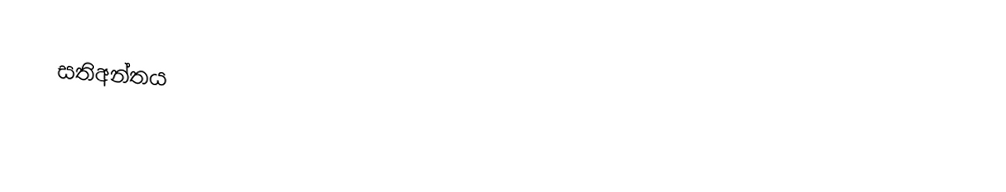
සතිඅන්තය